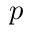
p